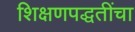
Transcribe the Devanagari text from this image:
शिक्षणपद्धतींचा